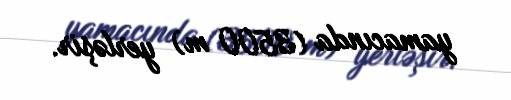
yamacında (3500 m) yerləşir.